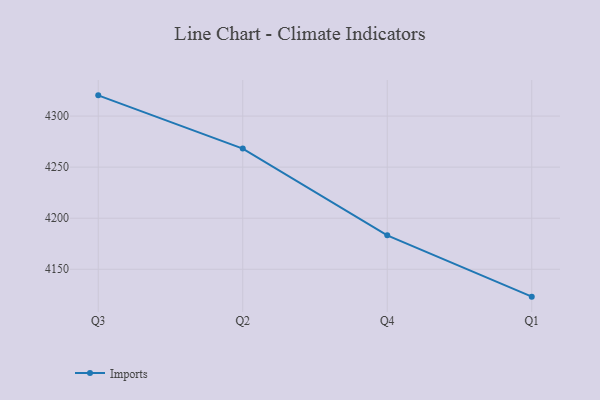
{"axis": {"x": "Quarter", "y": "Headcount"}, "legend": ["Imports"], "data": [{"x": "Q3", "y": 4320.3, "type": "Imports"}, {"x": "Q2", "y": 4268.2, "type": "Imports"}, {"x": "Q4", "y": 4183.2, "type": "Imports"}, {"x": "Q1", "y": 4123.2, "type": "Imports"}]}